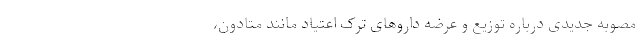
مصوبه جدیدی درباره توزیع و عرضه دارو‌های ترک اعتیاد مانند متادون،